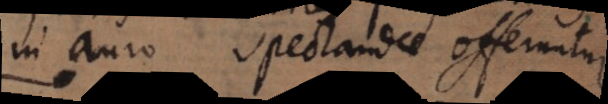
in auro spectandae offeruntur